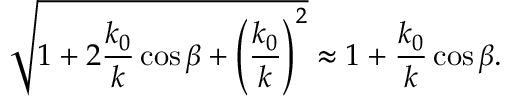
\sqrt { 1 + 2 \frac { k _ { 0 } } { k } \cos \beta + \left( \frac { k _ { 0 } } { k } \right) ^ { 2 } } \approx 1 + \frac { k _ { 0 } } { k } \cos \beta .